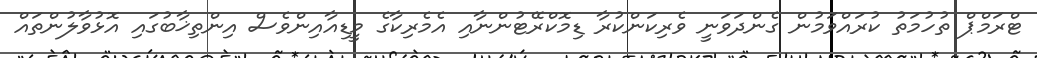
ޓްރަމްޕް ތުހުމަތު ކުރައްވަމުން ގެންދަވަނީ ވެރިކަންކުރާ ޑިމޮކްރޭޓުންނާއި އެމެރިކާގެ މީޑިއާއިންވެސް އިންތިޚާބުގައި އޮޅުވާލުންތައް